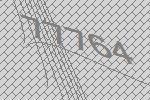
77764